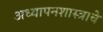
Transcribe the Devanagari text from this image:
अध्यापनशास्त्राचे